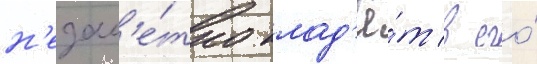
н'езам'е́тно клад'ё́т в его́